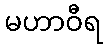
မဟာဝီရ